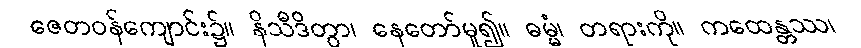
ဇေတဝန်ကျောင်း၌။ နိသီဒိတွာ၊ နေတော်မူ၍။ ဓမ္မံ၊ တရားကို။ ကထေန္တဿ၊